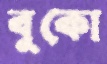
বুকো